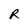
Character: R